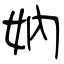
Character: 妠